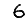
Digit: 6